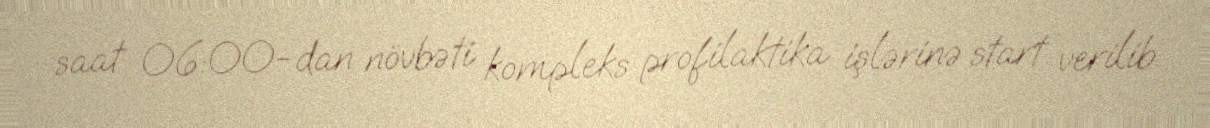
saat 06:00-dan növbəti kompleks profilaktika işlərinə start verilib.